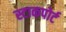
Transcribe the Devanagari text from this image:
स्टाकपोर्ट